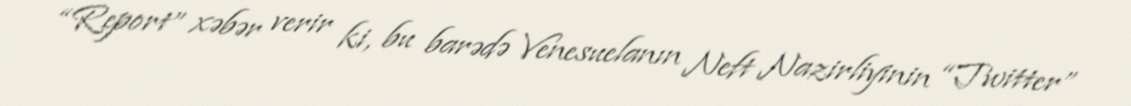
“Report” xəbər verir ki, bu barədə Venesuelanın Neft Nazirliyinin “Twitter”